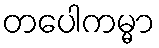
တပေါကမ္မာ